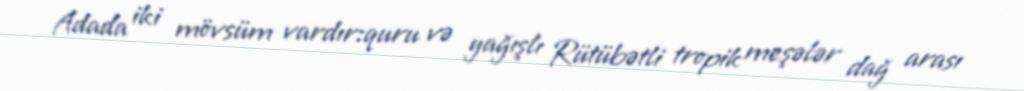
Adada iki mövsüm vardır:quru və yağışlı Rütübətli tropik meşələr dağ arası